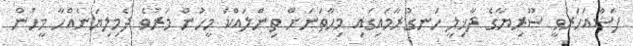
ފަސްއަހަރުވީ ސޫރިޔާގެ ދާޚިލީ ހަނގުރާމައިގައި މިހާތަނަށް ތިންލައްކަ މީހުން މަރުވެ ދެމިލިޔަނެއްހާ މީހުން